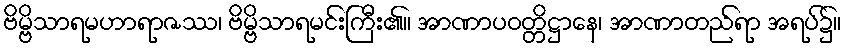
ဗိမ္ဗိသာရမဟာရာဇဿ၊ ဗိမ္ဗိသာရမင်းကြီး၏။ အာဏာပဝတ္တိဋ္ဌာနေ၊ အာဏာတည်ရာ အရပ်၌။